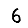
Digit: 6